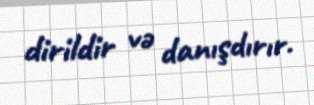
dirildir və danışdırır.